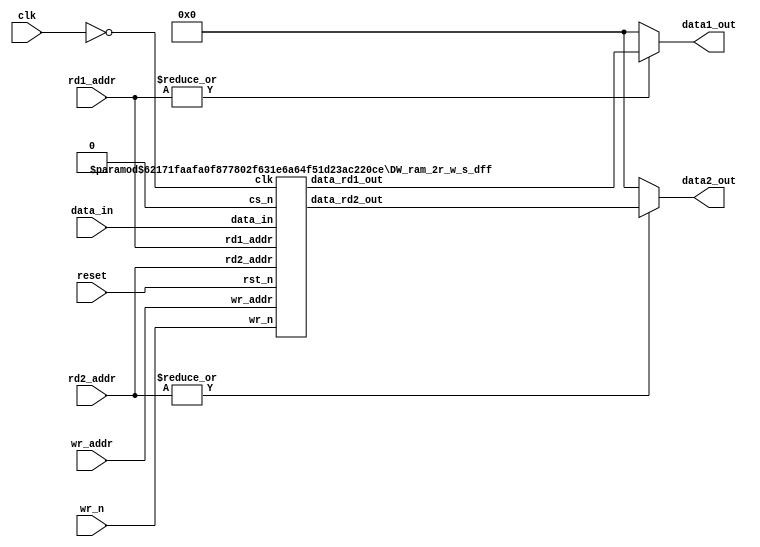

`define  ZERO           1'b0           // Rename to Zero
`define  LOW            1'b0           // Rename to Zero
`define  HIGH           1'b1           // Rename to High

module rf32x32(
		// clock and reset
		clk,reset,//input
		// Inputs
		wr_n,//input regwrite
		rd1_addr, rd2_addr, //wire in 5bits
        wr_addr,//input "out of IDstage" 5bits
		data_in,//input "out of IDstage" 32bits 

		// Outputs
		data1_out, data2_out//wire out 32bits //to forC & forD
		);
   
   parameter data_width      = 32;
   parameter depth           = 32;
   parameter bit_width_depth = 5;  // ceil(log2(depth))
   parameter rst_mode        = 0;  // 0: asynchronously initializes the RAM
                                   // 1: synchronously

   //*** I/O declarations ***//
   input                          clk;       // clock
   input 			  reset;
   input                          wr_n;      // Write enable, active low
   input  [bit_width_depth-1 : 0] rd1_addr;  // Read0 address bus  
   input  [bit_width_depth-1 : 0] rd2_addr;  // Read1 address bus
   input  [bit_width_depth-1 : 0] wr_addr;   // Write address bus
   input       [data_width-1 : 0] data_in;   // Input data bus
   
   output      [data_width-1 : 0] data1_out; // Output data bus for read0
   output      [data_width-1 : 0] data2_out; // Output data bus for read1


   //*** wire declarations ***//
   wire 			  clk_inv;
   wire        [data_width-1 : 0] ram_data1_out;
   wire        [data_width-1 : 0] ram_data2_out;
   

   assign    clk_inv = ~clk;
   assign  data1_out = (|rd1_addr) ? ram_data1_out : {data_width{`ZERO}};
   assign  data2_out = (|rd2_addr) ? ram_data2_out : {data_width{`ZERO}};

   // Instance of DW_ram_2r_w_s_lat
   DW_ram_2r_w_s_dff #(data_width, depth, rst_mode)
      u_DW_ram_2r_w_s_dff(
             .clk(clk_inv), .rst_n(reset),//input "out of IDstage"
             .cs_n(`LOW), .wr_n(wr_n),//cs_n ???? //input "out of IDstage"//Regwrite
             .rd1_addr(rd1_addr), .rd2_addr(rd2_addr),//wire in 
             .wr_addr(wr_addr),//input "out of IDstage"//5bits 
             .data_in(data_in),//input "out of IDstage"//32bits data
             .data_rd1_out(ram_data1_out),//wire out 32bits data
             .data_rd2_out(ram_data2_out)//wire out 32bits data
             //input:6?(3)output:0,
             //wire in 2,wire out 2
      );

endmodule // rf32x32


////////////////////////////////////////////////////////////////////////////////
//
//       This confidential and proprietary software may be used only
//     as authorized by a licensing agreement from Synopsys Inc.
//     In the event of publication, the following notice is applicable:
//
//                    (C) COPYRIGHT 1999 - 2013 SYNOPSYS INC.
//                           ALL RIGHTS RESERVED
//
//       The entire notice above must be reproduced on all authorized
//     copies.
//
//
// VERSION:   Simulation Architecture
//
// DesignWare_version: e321906e
// DesignWare_release: H-2013.03-DWBB_201303.4
//
////////////////////////////////////////////////////////////////////////////////
//----------------------------------------------------------------------
// ABSTRACT:  Synch Write, Asynch Dual Read RAM (Flip-Flop Based)
//            (flip flop memory array)
//            legal range:  depth        [ 2 to 2048 ]
//            legal range:  data_width   [ 1 to 1024 ]
//            Input data: data_in[data_width-1:0]
//            Output data from read1: data_rd1_out[data_width-1:0]
//            Output data from read2: data_rd2_out[data_width-1:0]
//            Read1 Address: rd1_addr[addr_width-1:0]
//            Read2 Address: rd2_addr[addr_width-1:0]
//            Write Address: wr_addr[addr_width-1:0]
//            write enable (active low): wr_n
//            chip select (active low): cs_n
//            reset (active low): rst_n
//            clock:clk
//
//	MODIFIED:
//		092299	Jay Zhu		Rewrote for STAR91151
//              10/18/00  RPH       Rewrote accoding to new guidelines 
//                                  STAR 111067   
//              05/25/01  RJK       Rewritten again
//              2/18/09   RJK       Corrected default value for rst_mode
//				    STAR 9000294457
//----------------------------------------------------------------------


module DW_ram_2r_w_s_dff (clk, rst_n, cs_n, wr_n, rd1_addr, rd2_addr, 
			  wr_addr, data_in, data_rd1_out, data_rd2_out);

   parameter data_width = 4;
   parameter depth = 8;
   parameter rst_mode = 1;

`define DW_addr_width ((depth>256)?((depth>4096)?((depth>16384)?((depth>32768)?16:15):((depth>8192)?14:13)):((depth>1024)?((depth>2048)?12:11):((depth>512)?10:9))):((depth>16)?((depth>64)?((depth>128)?8:7):((depth>32)?6:5)):((depth>4)?((depth>8)?4:3):((depth>2)?2:1))))

   input [data_width-1:0] data_in;
   input [`DW_addr_width-1:0] rd1_addr;
   input [`DW_addr_width-1:0] rd2_addr;
   input [`DW_addr_width-1:0] wr_addr;
   input 		      wr_n;
   input 		   rst_n;
   input 		   cs_n;
   input 		   clk;

   output [data_width-1:0] data_rd1_out;
   output [data_width-1:0] data_rd2_out;

// synopsys translate_off
   wire [data_width-1:0]   data_in;
   reg [depth*data_width-1:0]    next_mem;
   reg [depth*data_width-1:0]    mem;
   wire [depth*data_width-1:0]   mem_mux1;
   wire [depth*data_width-1:0]   mem_mux2;
   
   wire 		   a_rst_n;
   

   
  
  initial begin : parameter_check
    integer param_err_flg;

    param_err_flg = 0;
    
	    
  
    if ( (data_width < 1) || (data_width > 2048) ) begin
      param_err_flg = 1;
      $display(
	"ERROR: %m :\n  Invalid value (%d) for parameter data_width (legal range: 1 to 2048)",
	data_width );
    end
  
    if ( (depth < 2) || (depth > 1024 ) ) begin
      param_err_flg = 1;
      $display(
	"ERROR: %m :\n  Invalid value (%d) for parameter depth (legal range: 2 to 1024 )",
	depth );
    end
  
    if ( (rst_mode < 0) || (rst_mode > 1 ) ) begin
      param_err_flg = 1;
      $display(
	"ERROR: %m :\n  Invalid value (%d) for parameter rst_mode (legal range: 0 to 1 )",
	rst_mode );
    end

  
    if ( param_err_flg == 1) begin
      $display(
        "%m :\n  Simulation aborted due to invalid parameter value(s)");
      $finish;
    end

  end // parameter_check
   
   assign mem_mux1 = mem >> (rd1_addr * data_width);

   assign data_rd1_out = ((rd1_addr ^ rd1_addr) !== {`DW_addr_width{1'b0}})? {data_width{1'bx}} : (
				(rd1_addr >= depth)? {data_width{1'b0}} :
				   mem_mux1[data_width-1 : 0] );
   
   assign mem_mux2 = mem >> (rd2_addr * data_width);

   assign data_rd2_out = ((rd2_addr ^ rd2_addr) !== {`DW_addr_width{1'b0}})? {data_width{1'bx}} : (
				(rd2_addr >= depth)? {data_width{1'b0}} :
				   mem_mux2[data_width-1 : 0] );
   
   assign a_rst_n = (rst_mode == 0)? rst_n : 1'b1;


  
   always @ (posedge clk or negedge a_rst_n) begin : registers
      integer i, j;
      
   
      next_mem = mem;

      if ((cs_n | wr_n) !== 1'b1) begin
      
	 if ((wr_addr ^ wr_addr) !== {`DW_addr_width{1'b0}}) begin
	    next_mem = {depth*data_width{1'bx}};	

	 end else begin
         
	    if ((wr_addr < depth) && ((wr_n | cs_n) !== 1'b1)) begin
	       for (i=0 ; i < data_width ; i=i+1) begin
		  j = wr_addr*data_width + i;
		  next_mem[j] = ((wr_n | cs_n) == 1'b0)? data_in[i] | 1'b0
					: mem[j];
	       end // for
	    end // if
	 end // if-else
      end // if   
   
   
      if (rst_n === 1'b0) begin
         mem <= {depth*data_width{1'b0}};
      end else begin
         if ( rst_n === 1'b1) begin
	    mem <= next_mem;
	 end else begin
	    mem <= {depth*data_width{1'bX}};
	 end
      end
   end // registers
   
    
  always @ (clk) begin : clk_monitor 
    if ( (clk !== 1'b0) && (clk !== 1'b1) && ($time > 0) )
      $display( "WARNING: %m :\n  at time = %t, detected unknown value, %b, on clk input.",
                $time, clk );
    end // clk_monitor 

// synopsys translate_on

`undef DW_addr_width
endmodule // DW_ram_2r_w_s_dff